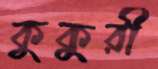
কুকুরী